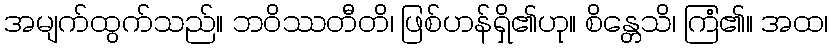
အမျက်ထွက်သည်။ ဘဝိဿတီတိ၊ ဖြစ်ဟန်ရှိ၏ဟု။ စိန္တေသိ၊ ကြံ၏။ အထ၊